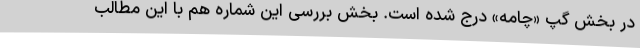
در بخش گپ «چامه» درج شده است. بخش بررسی این شماره هم با این مطالب